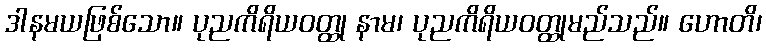
ဒါနမယဖြစ်သော။ ပုညကိရိယဝတ္ထု နာမ၊ ပုညကိရိယဝတ္ထုမည်သည်။ ဟောတိ၊